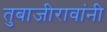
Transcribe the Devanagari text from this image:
तुबाजीरावांनी